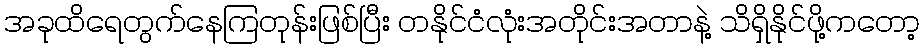
အခုထိရေတွက်နေကြတုန်းဖြစ်ပြီး တနိုင်ငံလုံးအတိုင်းအတာနဲ့ သိရှိနိုင်ဖို့ကတော့